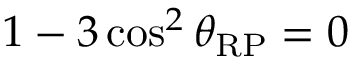
1 - 3 \cos ^ { 2 } { \theta _ { \mathrm { R P } } } = 0